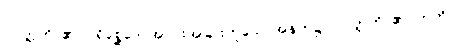
ပဝတ္တတိ၊ ၏။ ပရိစ္ဆေဒေ၊ အပိုင်းအခြားဟူသောအနက်၌။ ပဝတ္တတိ၊ ၏။ ဣတိပိ၊